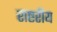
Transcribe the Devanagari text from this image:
राष्टरीय